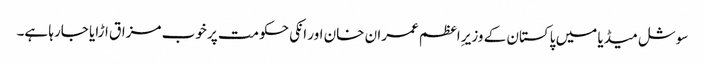
سوشل میڈیا میں پاکستان کے وزیرِ اعظم عمران خان اور انکی حکومت پر خوب مزاق اڑایا جارہا ہے۔